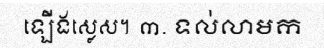
ឡើងស្លេស។ ៣. ទល់លាមក